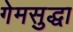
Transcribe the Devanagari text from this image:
गेमसुद्धा